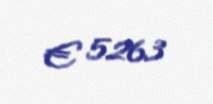
€ 5263